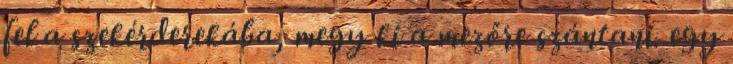
fel a szekérderekába, megy ki a mezőre szántani. egy